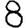
Digit: 8